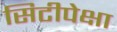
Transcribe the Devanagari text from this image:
सिटीपेक्षा